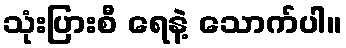
သုံးပြားစီ ရေနဲ့ သောက်ပါ။